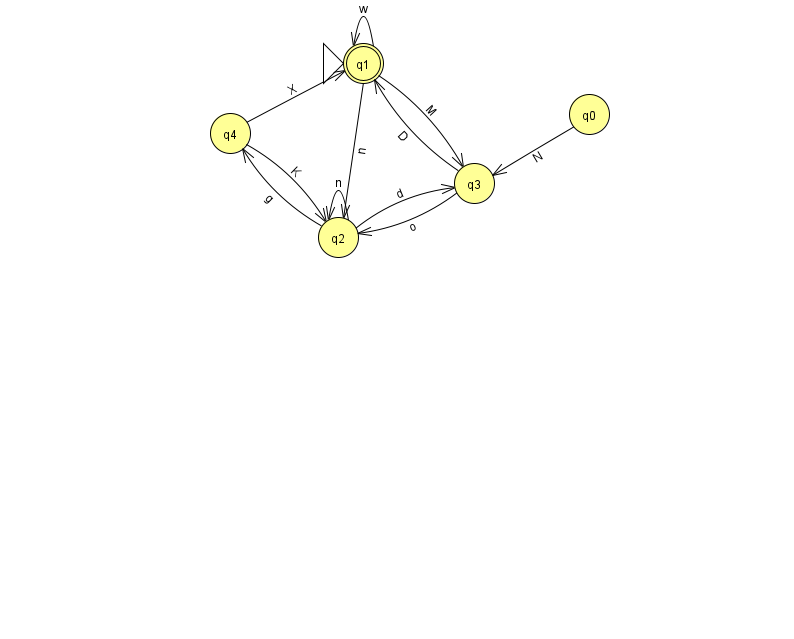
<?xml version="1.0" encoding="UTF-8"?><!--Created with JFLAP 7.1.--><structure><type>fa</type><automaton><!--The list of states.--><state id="0" name="q0"><x>589.0</x><y>101.0</y></state><state id="1" name="q1"><x>363.0</x><y>50.0</y><initial/><final/></state><state id="2" name="q2"><x>338.0</x><y>224.0</y></state><state id="3" name="q3"><x>474.0</x><y>170.0</y></state><state id="4" name="q4"><x>230.0</x><y>120.0</y></state><!--The list of transitions.--><transition><from>2</from><to>4</to><read>g</read></transition><transition><from>1</from><to>2</to><read>n</read></transition><transition><from>1</from><to>3</to><read>M</read></transition><transition><from>4</from><to>1</to><read>X</read></transition><transition><from>2</from><to>3</to><read>d</read></transition><transition><from>1</from><to>1</to><read>w</read></transition><transition><from>0</from><to>3</to><read>N</read></transition><transition><from>3</from><to>1</to><read>D</read></transition><transition><from>4</from><to>2</to><read>K</read></transition><transition><from>3</from><to>2</to><read>o</read></transition><transition><from>2</from><to>2</to><read>n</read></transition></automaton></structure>